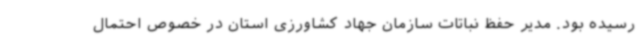
رسیده بود. مدیر حفظ نباتات سازمان جهاد کشاورزی استان در خصوص احتمال